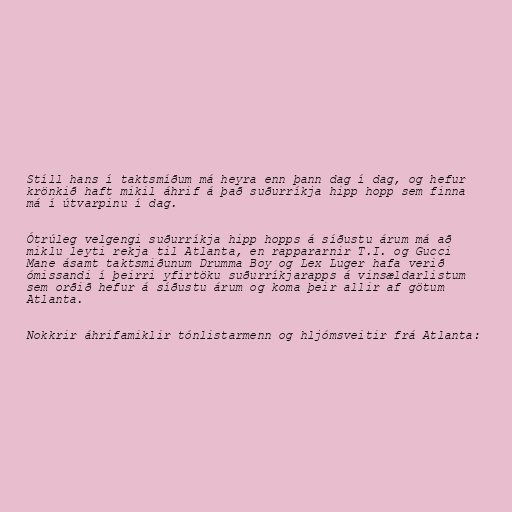
Stíll hans í taktsmíðum má heyra enn þann dag í dag, og hefur
krönkið haft mikil áhrif á það suðurríkja hipp hopp sem finna
má í útvarpinu í dag.

Ótrúleg velgengi suðurríkja hipp hopps á síðustu árum má að
miklu leyti rekja til Atlanta, en rappararnir T.I. og Gucci
Mane ásamt taktsmiðunum Drumma Boy og Lex Luger hafa verið
ómissandi í þeirri yfirtöku suðurríkjarapps á vinsældarlistum
sem orðið hefur á síðustu árum og koma þeir allir af götum
Atlanta.

Nokkrir áhrifamiklir tónlistarmenn og hljómsveitir frá Atlanta: